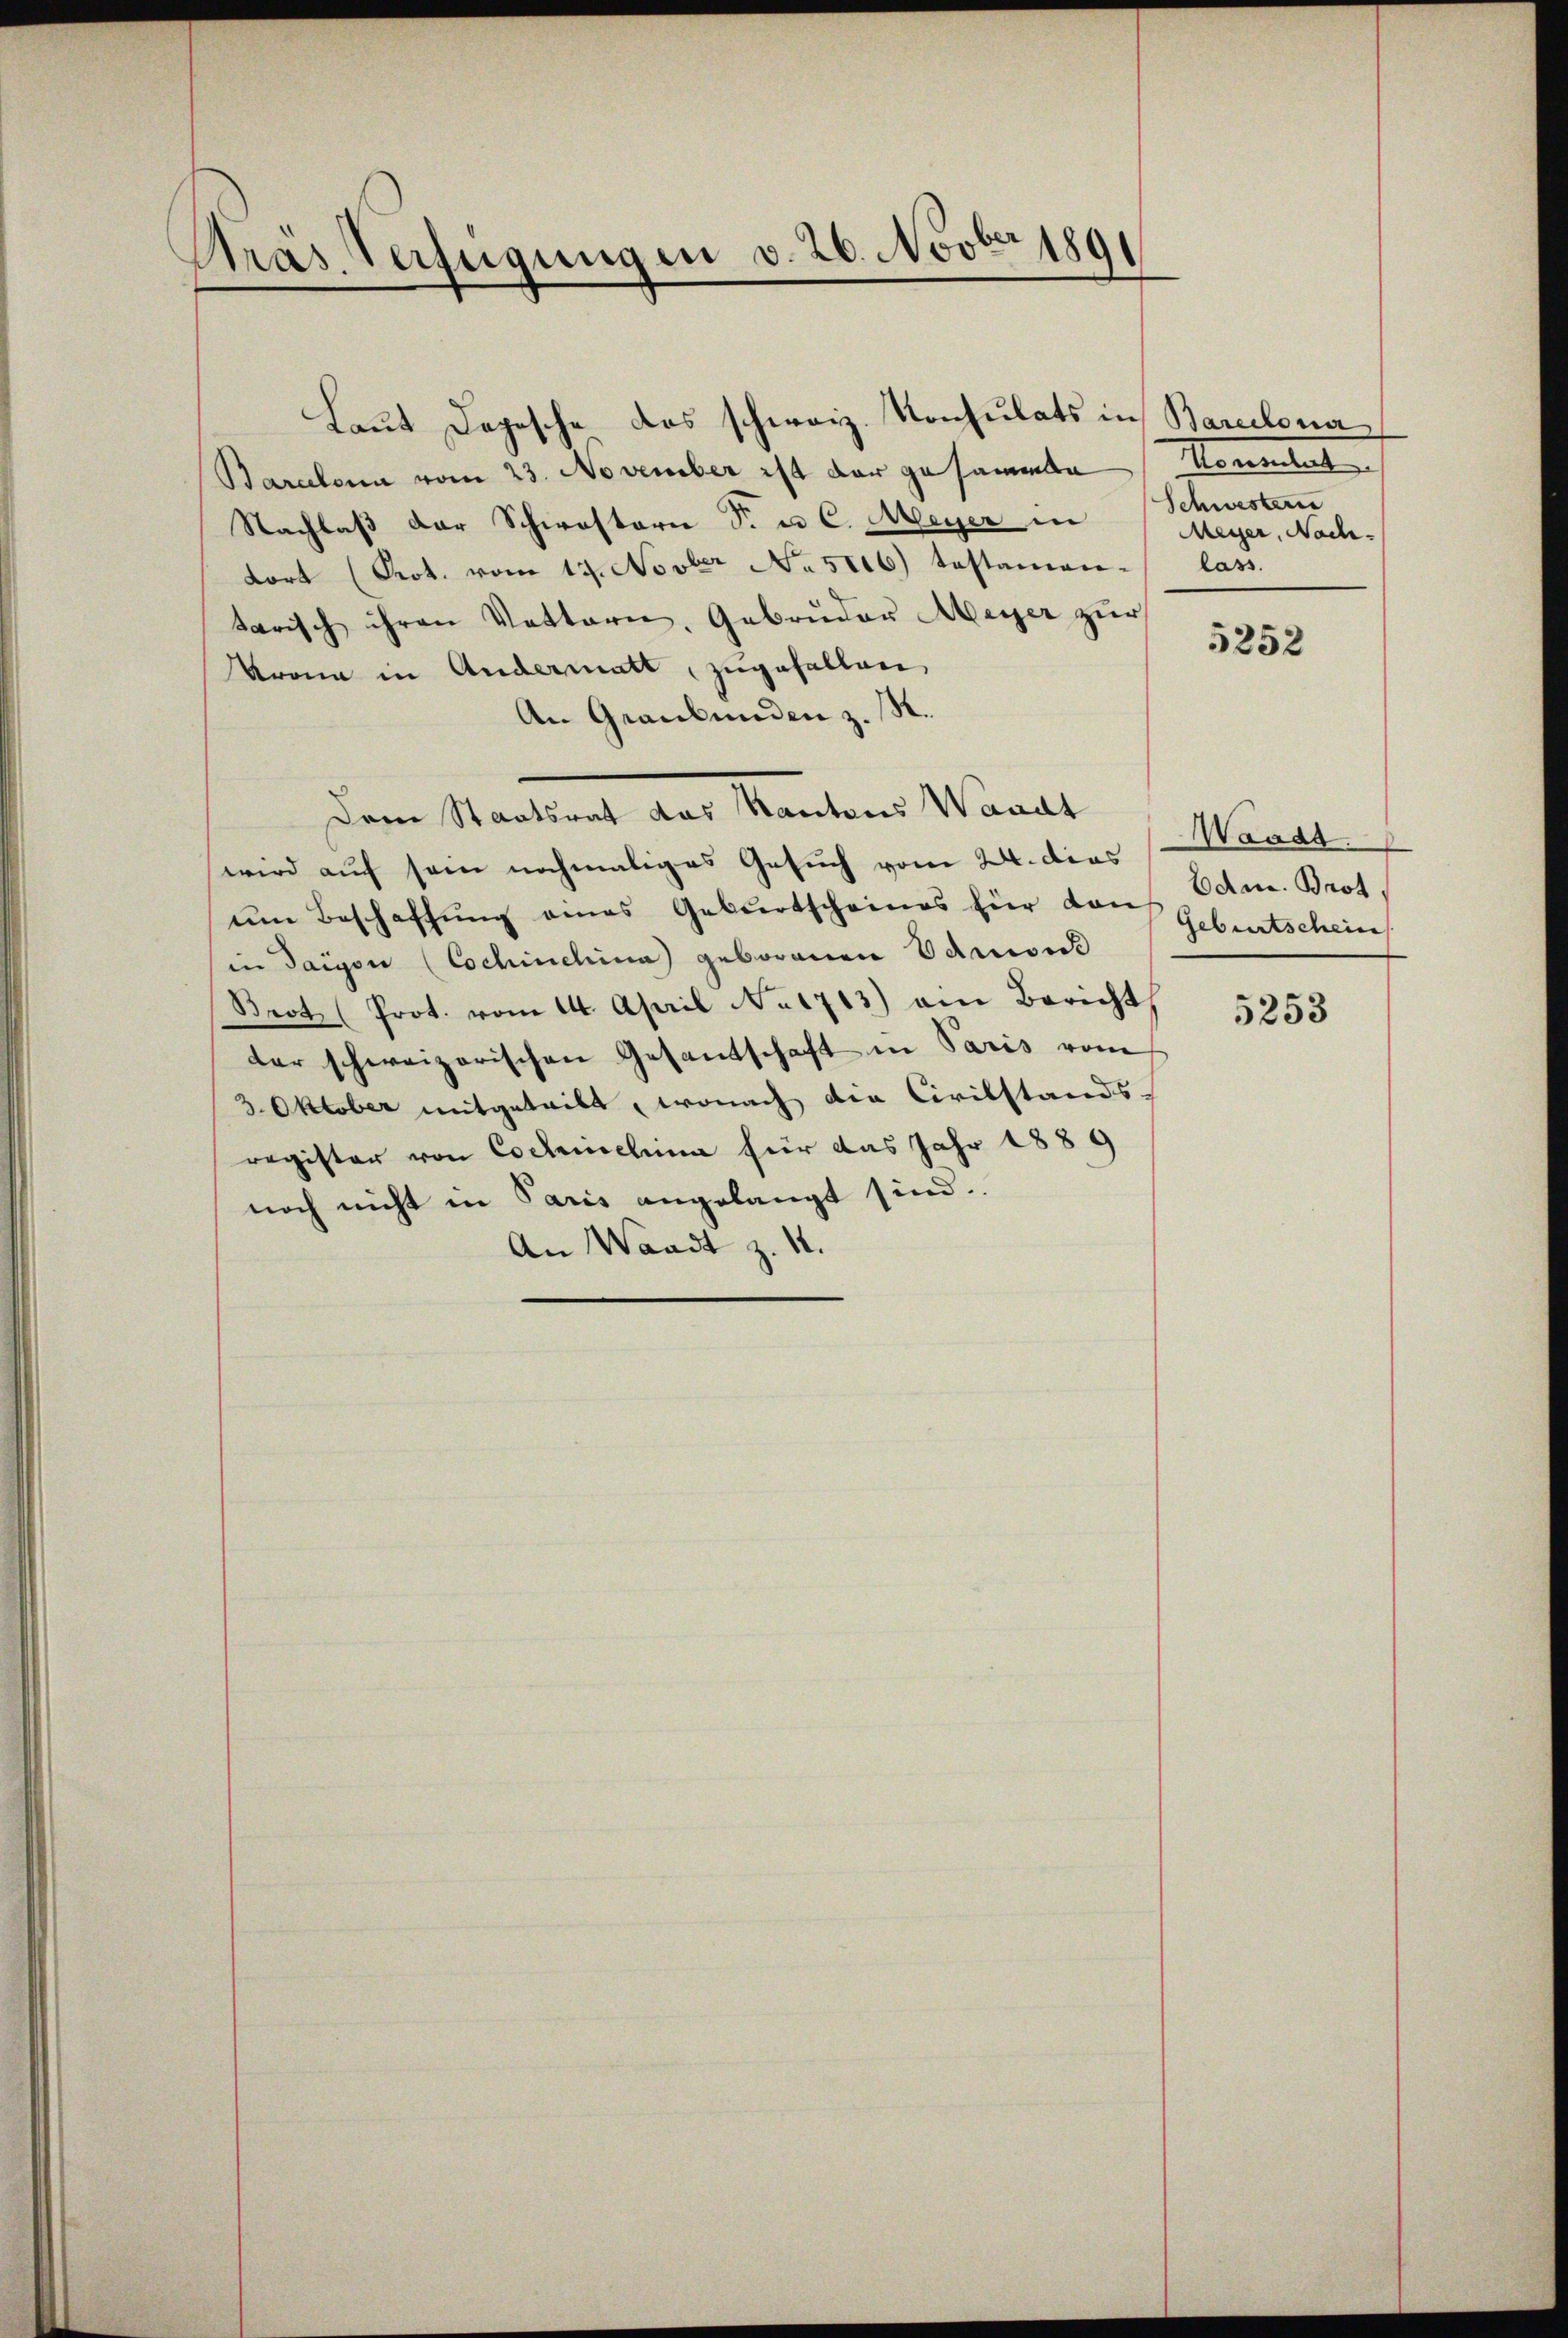
Präs. Verfügungen v. 26. Novber 189

Baralona vom 23. November ist der gesammte
Nachlaß der Schwastori S. u. C. Meyer in
dort (Prot. vom 17. Novber No. 5006) testamen lass
tarisch ihren Vettern, Gebrüder Meyer zur
Krona in Andermatt, zugefallen,
An Graubünden z. M.
Dem Staatsrat das Kantons Waadt (Waadt
wird auf sein nochmaliges Gesuch vom 24. dies
um Beschaffung eines Geburtscheines für dan
in Tagen (Cochinehina geborenen Admont
Brot (Prot. vom 14. April No 1713) am Bericht
der schweizerischen Gesandschaft in Paris vom
3. Oktober mitgeteilt, wonach die Civilstands-
register von Collarielina für das Jahr 1889
noch nicht in Paris angelangt sind.
An Waadt z. 14.

Laut Depesche das schweiz. Konsulats in Barcelona

ementat
Schwestern
Meyer, Nach-

5252

Edm. Brot.
Geburtschein

5253